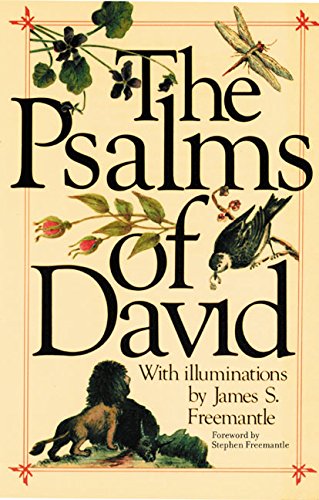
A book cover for The Psalms Of David; James S. Freemantle; Christian Books & Bibles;